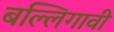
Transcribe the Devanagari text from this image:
बल्लिगावी